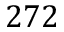
2 7 2